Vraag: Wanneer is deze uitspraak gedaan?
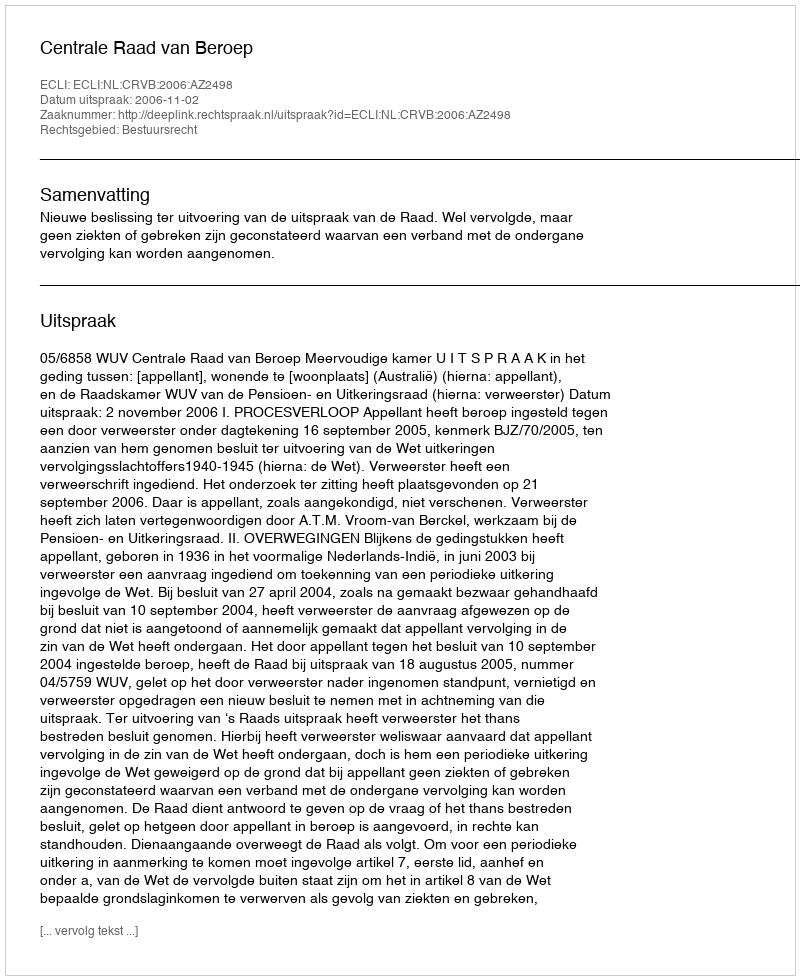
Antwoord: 2006-11-02